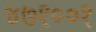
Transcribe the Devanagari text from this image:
४७१००१